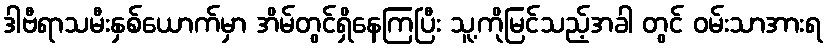
ဒါဗီရာသမီးနှစ်ယောက်မှာ အိမ်တွင်ရှိနေကြပြီး သူ့ကိုမြင်သည့်အခါ တွင် ဝမ်းသာအားရ